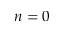
n = 0